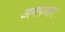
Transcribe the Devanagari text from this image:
अयपणार